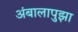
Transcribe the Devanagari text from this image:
अंबालापुझा